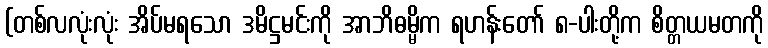
(တစ်လလုံးလုံး အိပ်မရသော ဒမိဋ္ဌမင်းကို အာဘိဓမ္မိက ရဟန်းတော် ၈-ပါးတို့က စိတ္တယမတကို